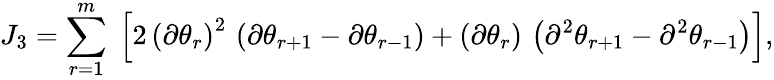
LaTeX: J_{3}=\sum_{r=1}^{m}\; \left[2\, \left(\partial\theta_{r}\right)^{2}\, \left(\partial\theta_{r+1}-\partial\theta_{r-1}\right)+\left(\partial\theta_{r}\right)\, \left(\partial^{2}\theta_{r+1}-\partial^{2}\theta_{r-1}\right)\right],